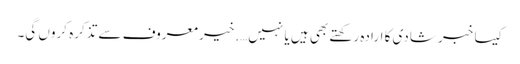
کیسا خبر شادی کا ارادہ رکھتے بھی ہیں یا نہیں….خیر معروف سے تذکرہ کروں گی۔